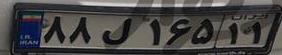
۸۸ل۱۶۵۱۱